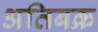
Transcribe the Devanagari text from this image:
अतिबक्र